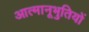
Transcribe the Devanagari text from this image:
आत्मानूभुतियों